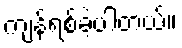
ကျန်ရစ်ခဲ့ပါတယ်။